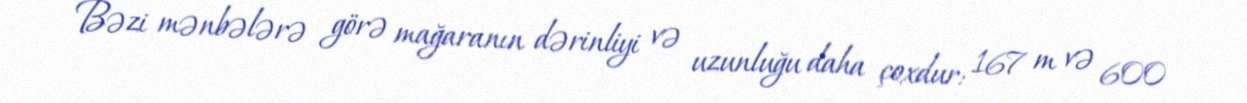
Bəzi mənbələrə görə mağaranın dərinliyi və uzunluğu daha çoxdur: 167 m və 600